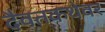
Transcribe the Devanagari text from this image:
दैवतकथेवर